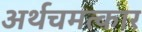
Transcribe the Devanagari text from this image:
अर्थचमत्कार